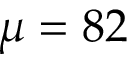
\mu = 8 2